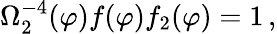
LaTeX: \Omega_{2}^{-4}(\varphi)f(\varphi)f_{2}(\varphi)=1\, ,